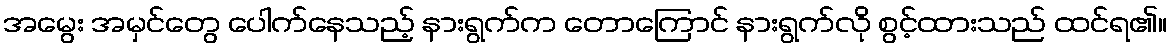
အမွေး အမှင်တွေ ပေါက်နေသည့် နားရွက်က တောကြောင် နားရွက်လို စွင့်ထားသည် ထင်ရ၏။